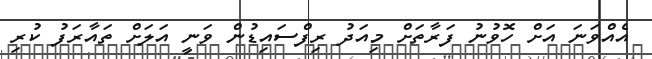
އެއްވަނަ އަށް ހޮވުނު ފަރާތަށް މިއަދު ރިފްސައިޑުން ވަނީ އަލަށް ތައާރަފު ކުރި